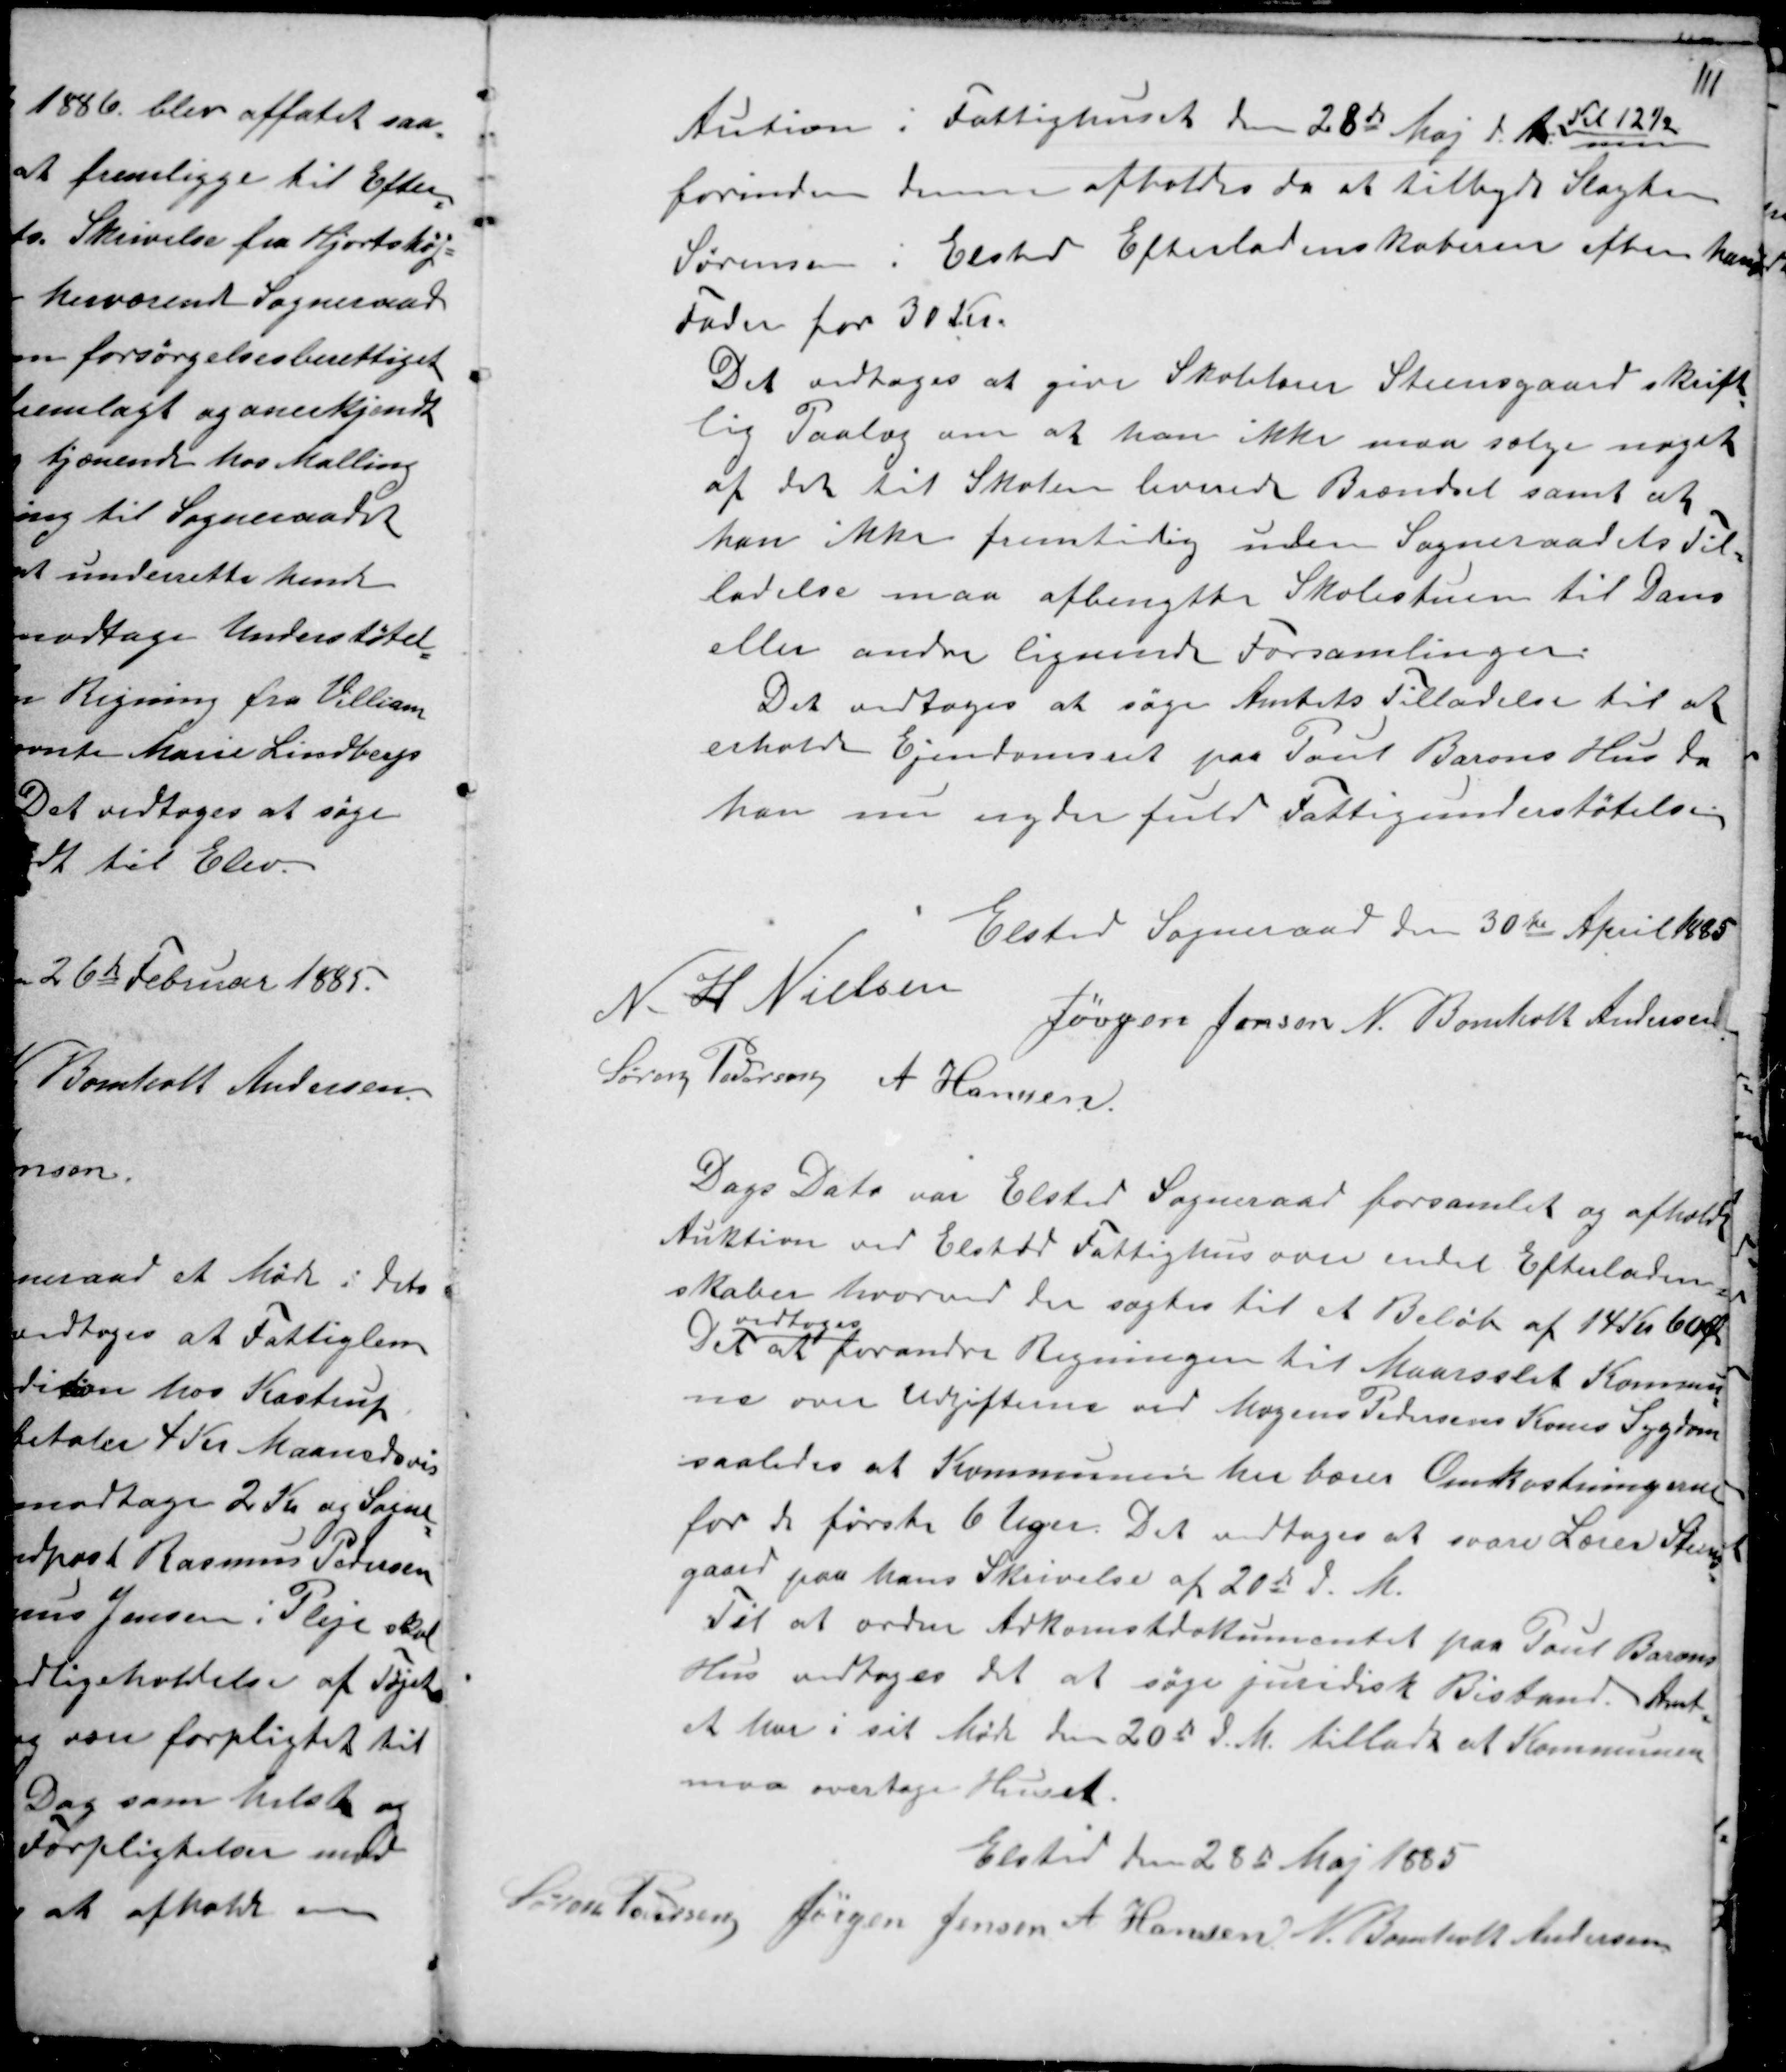
Transskription:
Aution i Fattighuset den 28de Maj d. A: Kl 12½
forinden denne afholdes da at tilbyde Slagter
Sørensen i Elsted Efterladenskaberne efter hans
Fader for 30 Kr.
Det vedtoges at give Skolelærer Steensgaard skrift-
lig Paalæg om at han ikke maa sælge noget
af det til Skolen leverede Brændsel samt at
han ikke fremtidig inden Sogneraadets Til-
ladelse maa afbenytte Skolestuen til Dans
eller andre lignende Forsamlinger.
Det vedtoges at søge Amtets Tilladelse til at
erholde Ejendomsret paa Poul Barons Hus da
han nu nyder fuld Fattigunderstøtelse

Elsted Sogneraad den 30te April 1885
N. H Nielsen
Jørgen Jensen N. Bomholt Andersen.
Søren Pedersen A Hansen

Dags Dato var Elsted Sogneraad forsamlet og afholdt
Auktion ved Elsted Fattighus over endel Efterladen-
skaber hvorved der sogtes til et Beløb af 14 Kr 60 Ør
Det
vedtoges
at forandre Regningen til Maarslet Kommu-
ne over Udgifterne ved Mogens Pedersens Kones Sygdom
saaledes at Kommunen her bærer Omkostningerne
for de første 6 Uger. Det vedtoges at svare Lærer Steens-
gaard paa hans Skrivelse af 20de d. M.
Til at ordne Adkomstdokumentet paa Poul Barons
Hus vedtoges det at søge juridisk Bistand. Amt-
et har i sit Møde den 20de d. M. tilladt at Kommunen
maa overtage Huset.

Elsted den 28de Maj 1885
Søren Pedersen Jørgen Jensen A Hansen. N. Bomholt Andersen.